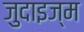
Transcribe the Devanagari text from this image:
जुदाइज्म